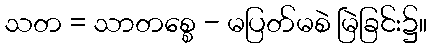
သတ = သာတစ္စေ - မပြတ်မစဲ မြဲခြင်း၌။